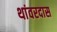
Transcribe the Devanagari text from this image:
थांवरदास